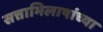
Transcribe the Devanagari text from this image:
सत्ताभिलाषांच्या